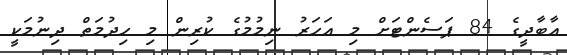
އާބާދީގެ 84 ޕަސެންޓަށް މި އަހަރު ނިމުމުގެ ކުރިން މި ހިދުމަތް ދިނުމަކީ